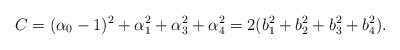
LaTeX: \begin{align*}C=(\alpha_0-1)^2+\alpha_1^2+\alpha_3^2+\alpha_4^2=2(b_1^2+b_2^2+b_3^2+b_4^2). \end{align*}